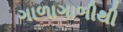
ગાળાગાળીથી